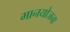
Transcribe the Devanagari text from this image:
मानयोजना